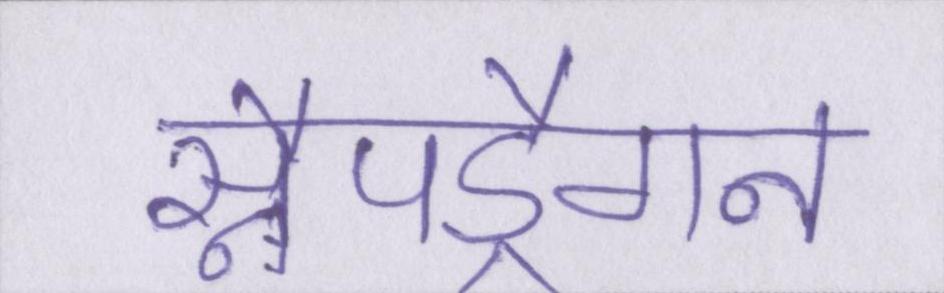
स्नैपड्रैगन